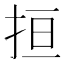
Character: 𢬎